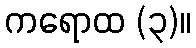
ကရောထ (၃)။